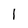
Character: 1